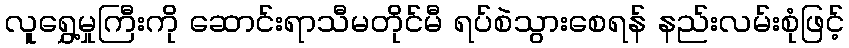
လူရွှေ့မှုကြီးကို ဆောင်းရာသီမတိုင်မီ ရပ်စဲသွားစေရန် နည်းလမ်းစုံဖြင့်